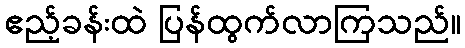
ဧည့်ခန်းထဲ ပြန်ထွက်လာကြသည်။